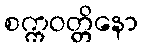
စက္ကဝတ္တိနော